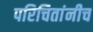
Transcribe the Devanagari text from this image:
परिचितांनीच